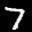
Label: 7